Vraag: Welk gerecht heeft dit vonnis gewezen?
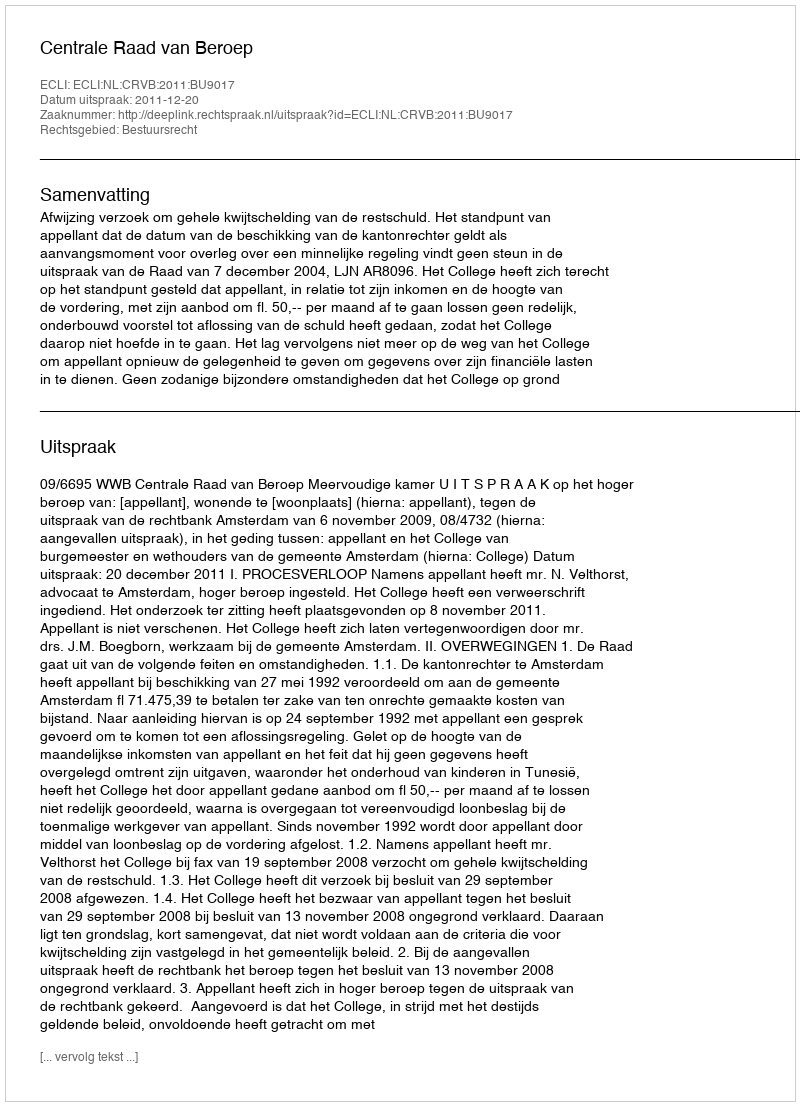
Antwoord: Centrale Raad van Beroep